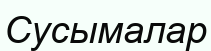
Сусымалар